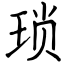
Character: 琐